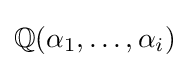
\mathbb {Q} (\alpha _{1},\dots ,\alpha _{i})